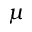
\mu